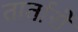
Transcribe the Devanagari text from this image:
तार्तारों